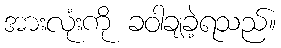
အားလုံးကို ခဝါချခဲ့ရသည်။